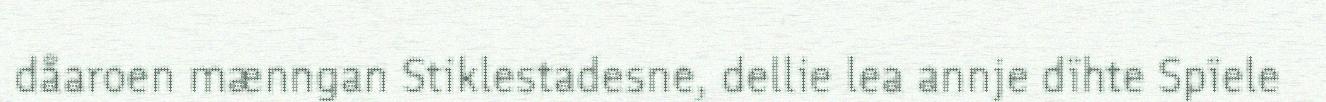
dåaroen mænngan Stiklestadesne, dellie lea annje dïhte Spïele